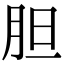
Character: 胆